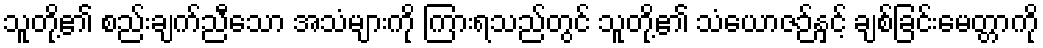
သူတို့၏ စည်းချက်ညီသော အသံများကို ကြားရသည်တွင် သူတို့၏ သံယောဇဉ်နှင့် ချစ်ခြင်းမေတ္တာကို